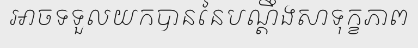
អាចទទួលយកបាននៃបណ្តឹងសាទុក្ខភាព